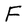
Character: F